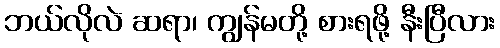
ဘယ်လိုလဲ ဆရာ၊ ကျွန်မတို့ စားရဖို့ နီးပြီလား